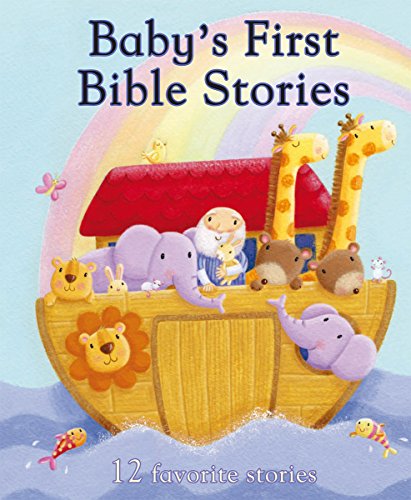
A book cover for Baby's First Bible Stories (First Padded); Parragon Books; Christian Books & Bibles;